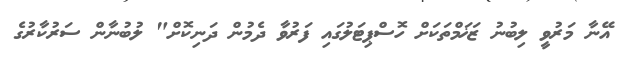
އޭނާ މަރުވީ ލިބުނު ޒަޚަމްތަކަށް ހޮސްޕިޓަލުގައި ފަރުވާ ދެމުން ދަނިކޮށް" ލުބުނާން ސަރުކާރުގެ